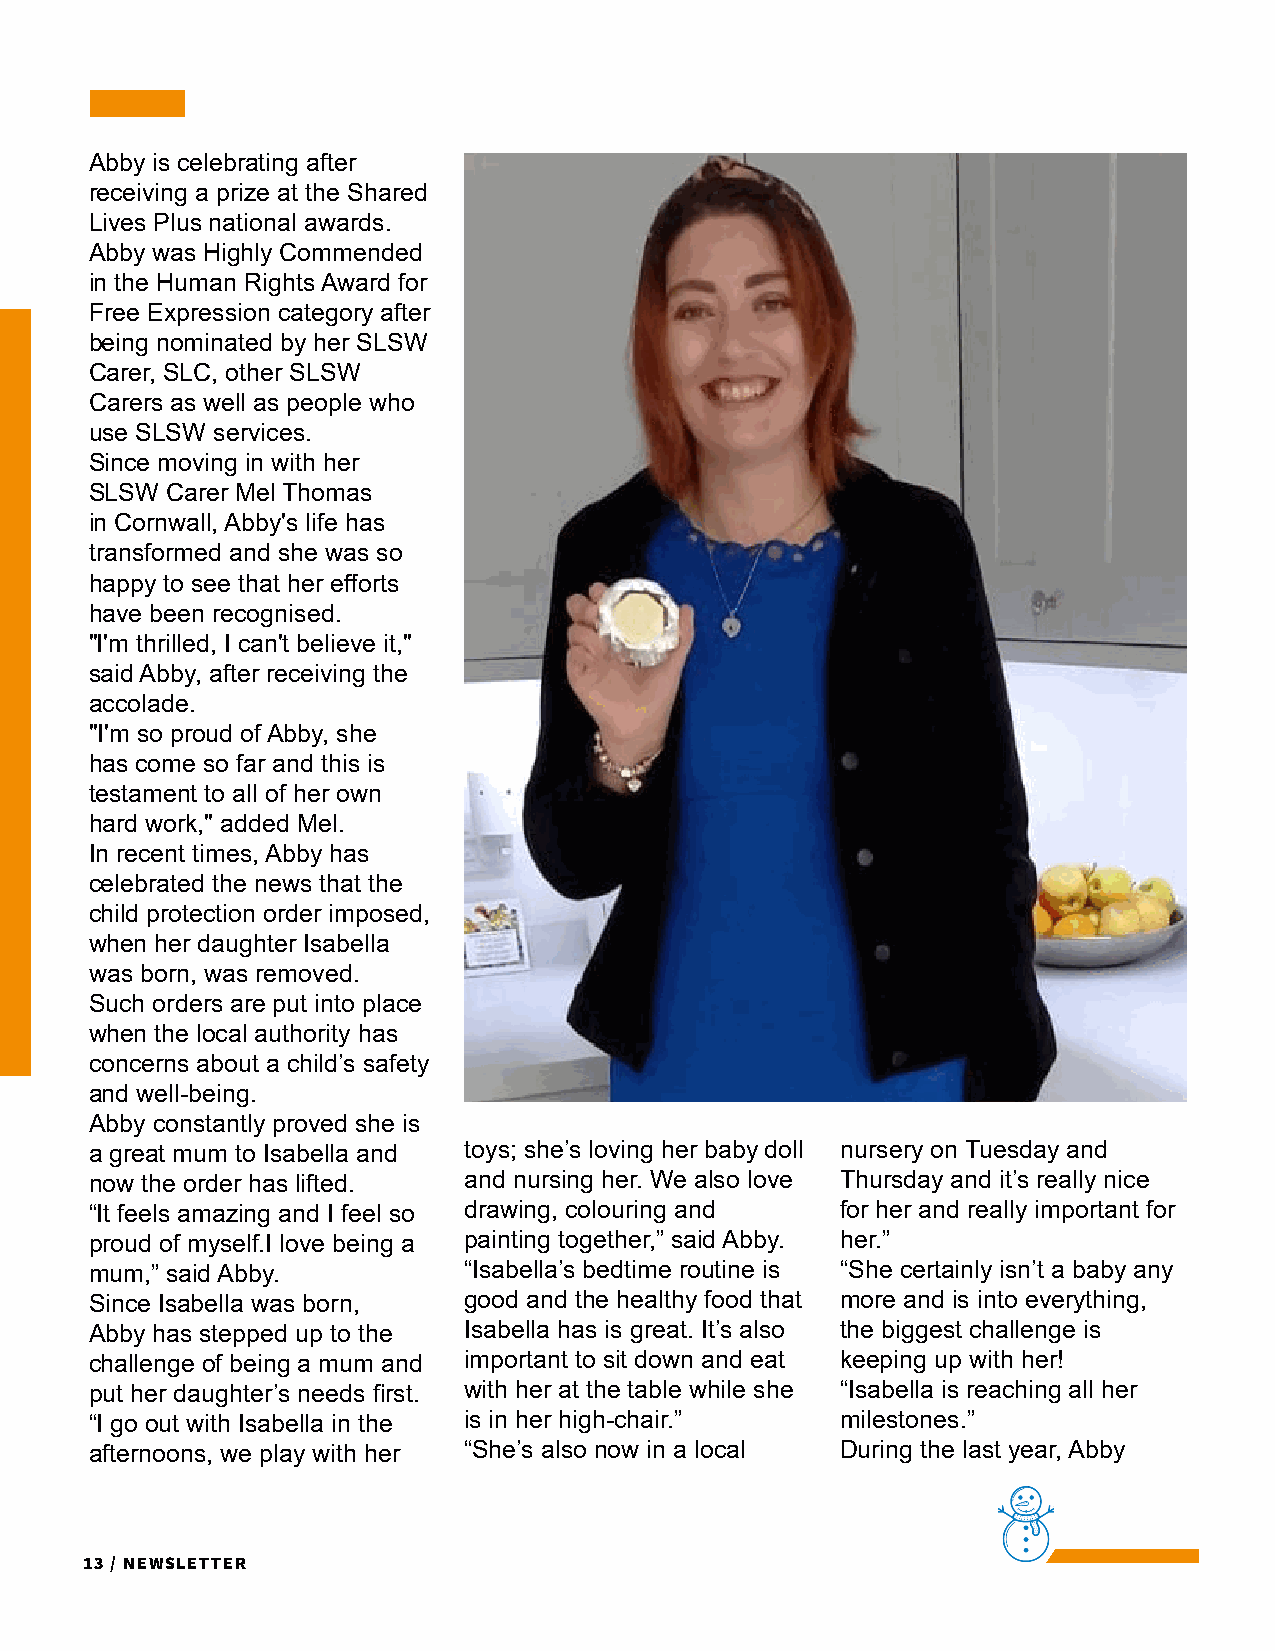
Abby is celebrating after
 receiving a prize at the Shared
 Lives Plus national awards.
 Abby was Highly Commended
 in the Human Rights Award for
 Free Expression category after
 being nominated by her SLSW
 Carer, SLC, other SLSW
 Carers as well as people who
 use SLSW services.
 Since moving in with her
 SLSW Carer Mel Thomas
 in Cornwall, Abby's life has
 transformed and she was so
 happy to see that her efforts
 have been recognised.
 "I'm thrilled, I can't believe it,"
 said Abby, after receiving the
 accolade.
 "I'm so proud of Abby, she
 has come so far and this is
 testament to all of her own
 hard work," added Mel.
 In recent times, Abby has
 celebrated the news that the
 child protection order imposed,
 when her daughter Isabella
 was born, was removed.
 Such orders are put into place
 when the local authority has
 concerns about a child’s safety
 and well-being.
 Abby constantly proved she is
 a great mum to Isabella and toys; she’s loving her baby doll nursery on Tuesday and
 now the order has lifted. and nursing her. We also love Thursday and it’s really nice
 “It feels amazing and I feel so drawing, colouring and for her and really important for
 proud of myself.I love being a painting together,” said Abby. her.”
 mum,” said Abby.         “Isabella’s bedtime routine is “She certainly isn’t a baby any
 Since Isabella was born, good and the healthy food that more and is into everything,
 Abby has stepped up to the Isabella has is great. It’s also the biggest challenge is
 challenge of being a mum and important to sit down and eat keeping up with her!
 put her daughter’s needs first. with her at the table while she “Isabella is reaching all her
 “I go out with Isabella in the is in her high-chair.” milestones.”
 afternoons, we play with her “She’s also now in a local During the last year, Abby
 13 / Newsletter